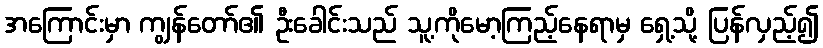
အကြောင်းမှာ ကျွန်တော်၏ ဦးခေါင်းသည် သူ့ကိုမော့ကြည့်နေရာမှ ရှေ့သို့ ပြန်လှည့်၍